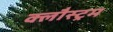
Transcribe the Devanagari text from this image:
क्लौस्ट्रम